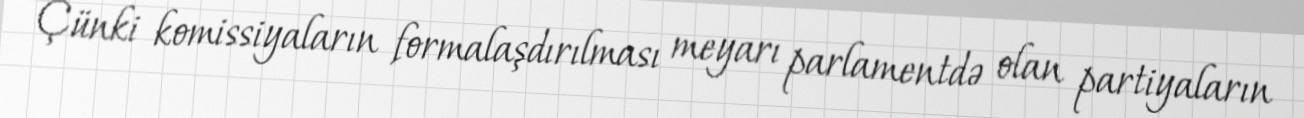
Çünki komissiyaların formalaşdırılması meyarı parlamentdə olan partiyaların